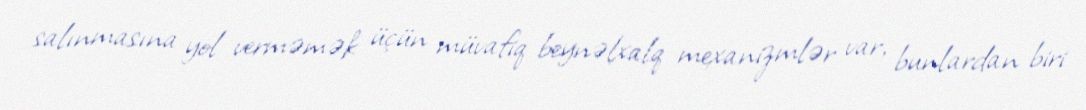
salınmasına yol verməmək üçün müvafiq beynəlxalq mexanizmlər var, bunlardan biri